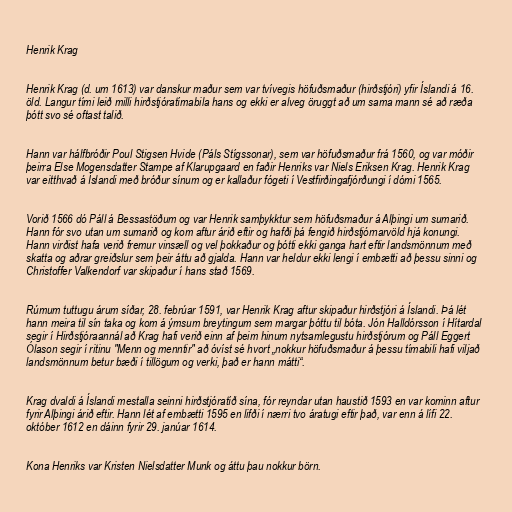
Henrik Krag

Henrik Krag (d. um 1613) var danskur maður sem var tvívegis höfuðsmaður (hirðstjóri) yfir Íslandi á 16.
öld. Langur tími leið milli hirðstjóratímabila hans og ekki er alveg öruggt að um sama mann sé að ræða
þótt svo sé oftast talið.

Hann var hálfbróðir Poul Stigsen Hvide (Páls Stígssonar), sem var höfuðsmaður frá 1560, og var móðir
þeirra Else Mogensdatter Stampe af Klarupgaard en faðir Henriks var Niels Eriksen Krag. Henrik Krag
var eitthvað á Íslandi með bróður sínum og er kallaður fógeti í Vestfirðingafjórðungi í dómi 1565.

Vorið 1566 dó Páll á Bessastöðum og var Henrik samþykktur sem höfuðsmaður á Alþingi um sumarið.
Hann fór svo utan um sumarið og kom aftur árið eftir og hafði þá fengið hirðstjórnarvöld hjá konungi.
Hann virðist hafa verið fremur vinsæll og vel þokkaður og þótti ekki ganga hart eftir landsmönnum með
skatta og aðrar greiðslur sem þeir áttu að gjalda. Hann var heldur ekki lengi í embætti að þessu sinni og
Christoffer Valkendorf var skipaður í hans stað 1569.

Rúmum tuttugu árum síðar, 28. febrúar 1591, var Henrik Krag aftur skipaður hirðstjóri á Íslandi. Þá lét
hann meira til sín taka og kom á ýmsum breytingum sem margar þóttu til bóta. Jón Halldórsson í Hítardal
segir í Hirðstjóraannál að Krag hafi verið einn af þeim hinum nytsamlegustu hirðstjórum og Páll Eggert
Ólason segir í ritinu "Menn og menntir" að óvíst sé hvort „nokkur höfuðsmaður á þessu tímabili hafi viljað
landsmönnum betur bæði í tillögum og verki, það er hann mátti“.

Krag dvaldi á Íslandi mestalla seinni hirðstjóratíð sína, fór reyndar utan haustið 1593 en var kominn aftur
fyrir Alþingi árið eftir. Hann lét af embætti 1595 en lifði í nærri tvo áratugi eftir það, var enn á lífi 22.
október 1612 en dáinn fyrir 29. janúar 1614.

Kona Henriks var Kristen Nielsdatter Munk og áttu þau nokkur börn.